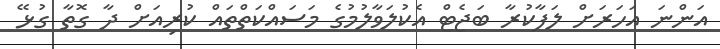
އަންނަ އަހަރަށް ލަފާކުރާ ބަޖެޓް އެކުލަވާލުމުގެ މަސައްކަތްތައް ކުރިއަށް ދާ ގޮތާ ގުޅޭ